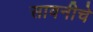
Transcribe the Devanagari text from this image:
सावनीचे